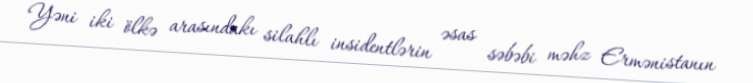
Yəni iki ölkə arasındakı silahlı insidentlərin əsas səbəbi məhz Ermənistanın